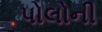
પોલોની